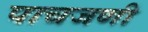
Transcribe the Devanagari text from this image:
पाचजणी